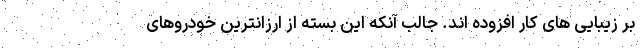
بر زیبایی های کار افزوده اند. جالب آنکه این بسته از ارزانترین خودروهای